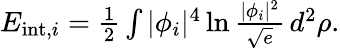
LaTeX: \begin{array}{r}{E_{\mathrm{int},i}=\frac 12\int|\phi_{i}|^{4}\ln\frac{|\phi_{i}|^{2}}{\sqrt e}\, d^{2}\rho.}\end{array}